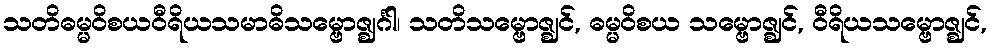
သတိဓမ္မဝိစယဝီရိယသမာဓိသမ္ဗောဇ္ဈင်္ဂါ၊ သတိသမ္ဗောဇ္ဈင်, ဓမ္မဝိစယ သမ္ဗောဇ္ဈင်, ဝီရိယသမ္ဗောဇ္ဈင်,